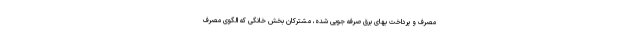
مصرف و پرداخت بهای برق صرفه جویی شده، مشترکان بخش خانگی که الگوی مصرف